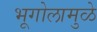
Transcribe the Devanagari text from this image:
भूगोलामुळे